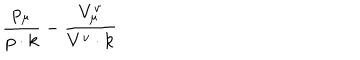
\frac { p _ { \mu } } { p \cdot k } - \frac { V _ { \mu } ^ { v } } { V ^ { v } \cdot k }